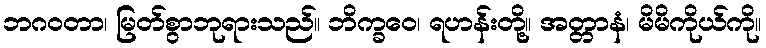
ဘဂဝတာ၊ မြတ်စွာဘုရားသည်။ ဘိက္ခဝေ၊ ရဟန်းတို့။ အတ္တာနံ၊ မိမိကိုယ်ကို။